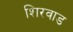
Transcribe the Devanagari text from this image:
शिरवाड